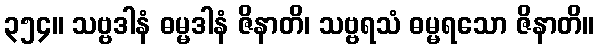
၃၅၄။ သဗ္ဗဒါနံ ဓမ္မဒါနံ ဇိနာတိ၊ သဗ္ဗရသံ ဓမ္မရသော ဇိနာတိ။